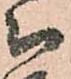
被